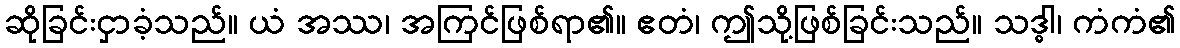
ဆိုခြင်းငှာခံ့သည်။ ယံ အဿ၊ အကြင်ဖြစ်ရာ၏။ ဧတံ၊ ဤသို့ဖြစ်ခြင်းသည်။ သဒ္ဓါ၊ ကံကံ၏